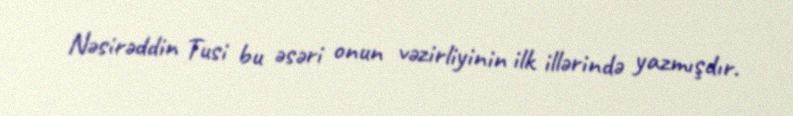
Nəsirəddin Tusi bu əsəri onun vəzirliyinin ilk illərində yazmışdır.